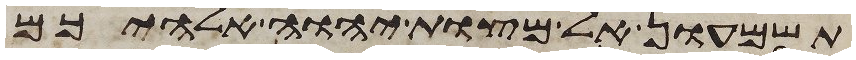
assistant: תשמעון אל מצות יהוה אלהיכם